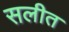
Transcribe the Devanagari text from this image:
सलीत